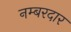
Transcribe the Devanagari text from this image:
नम्बरदार